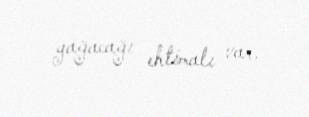
yağacağı ehtimalı var.